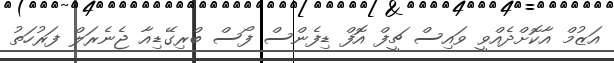
އަޒުމް އާކޮށްދެއްވީ ވައިސް ޗީފް އޮފް ޑިފެންސް ފޯސް ބްރިގޭޑިއާ ޖެނެރަލް ފަރުހަތު